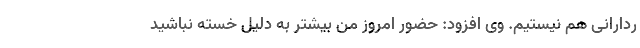
ردارانی هم نیستیم. وی افزود: حضور امروز من بیشتر به دلیل خسته نباشید